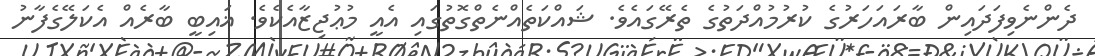
ދެންނެވިފަދައިން ބާރައަހަރުގެ ކުރުމުއްދަތުގެ ތެރޭގައެވެ. ޝައްކަތެއްނެތްގޮތުގައި އެއީ މުޢުޖިޒާއެކެވެ. ޣައިބީ ބާރެއް އެކަލޭގެފާނު